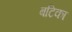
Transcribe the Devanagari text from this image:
बटिका